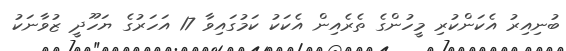
ބުނިއިރު އެކަންކުރި މީހުންގެ ތެރެއިން އެކަކު ކަމުގައިވާ 17 އަހަރުގެ ޔަހޫދީ ޒުވާނަކު